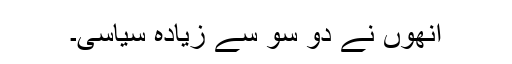
انھوں نے دو سو سے زیادہ سیاسی۔